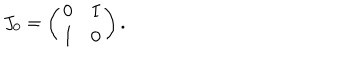
J _ { 0 } = \left( \begin{array} { c c } { { 0 } } & { { I } } \\ { { I } } & { { 0 } } \\ \end{array} \right) .